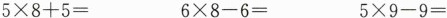
$$5\times 8+5=$$ $$6\times 8-6=$$ $$5\times 9-9=$$